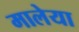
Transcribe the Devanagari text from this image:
मालेया